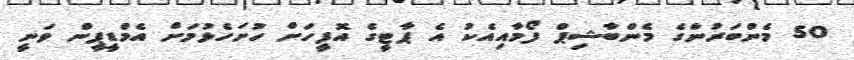
50 މެންބަރުންގެ މެންބާޝިޕް ފޯމާއިއެކު އެ ޕާޓީގެ އޮފީހަށް ހުށަހެޅުމަށް އެމްޑީޕީން ވަނީ